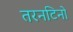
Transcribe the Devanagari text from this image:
तरनटिनो